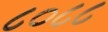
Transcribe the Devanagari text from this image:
८०८८